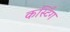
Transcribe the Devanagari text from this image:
कर्स्टिंग